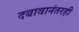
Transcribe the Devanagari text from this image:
दबावानंतरही